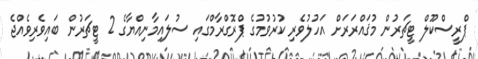
ޕްރީސްކޫލް ޓީޗަރުން މުޤައްރަރަށް އަހުލުވެރި ކުރުވުމުގެ ޕްރޮގްރާމްގައި ސުލައިމާނިއްޔާގެ 2 ޓީޗަރުން ބައިވެރިވެއްޖެ